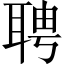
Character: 聘